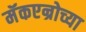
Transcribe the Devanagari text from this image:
मॅकएन्रोच्या